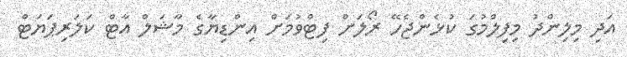
އަދި މިލިންދު މިފިލްމުގަ ކުޅެންޖެހޭ ރޯލަށް ފިޓްވުމަށް އިންޑިޔާގެ މާޝަލް އާޓް ކަލަރިޕަޔަޓް